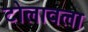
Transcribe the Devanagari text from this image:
टोलावला